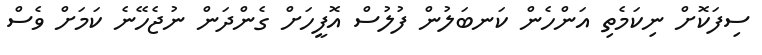
ސިފަކޮށް ނިކަމެތި އަންހެން ކަނބަލުން ފުލުސް އޮފީހަށް ގެންދަން ނުޖެހޭނެ ކަމަށް ވެސް